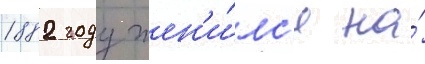
1882 году жен'и́лс'я на́